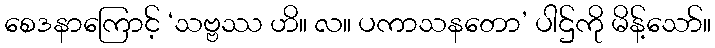
စေဒနာကြောင့် ‘သဗ္ဗဿ ဟိ။ လ။ ပကာသနတော’ ပါဌ်ကို မိန့်သော်။